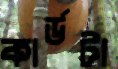
কার্ডটা